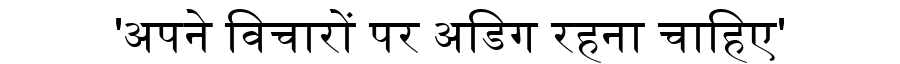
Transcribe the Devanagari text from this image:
'अपने विचारों पर अडिग रहना चाहिए'